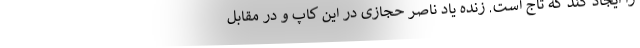
را ایجاد کند که تاج است. زنده یاد ناصر حجازی در این کاپ و در مقابل